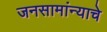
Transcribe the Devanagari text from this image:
जनसामांन्याचे